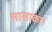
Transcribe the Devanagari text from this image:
सासाका।